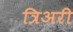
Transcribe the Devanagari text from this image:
त्रिअरी